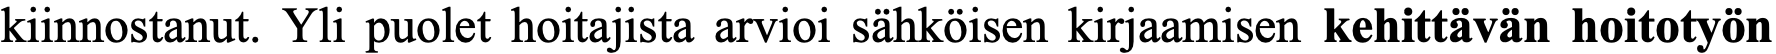
kiinnostanut. Yli puolet hoitajista arvioi sähköisen kirjaamisen kehittävän hoitotyön